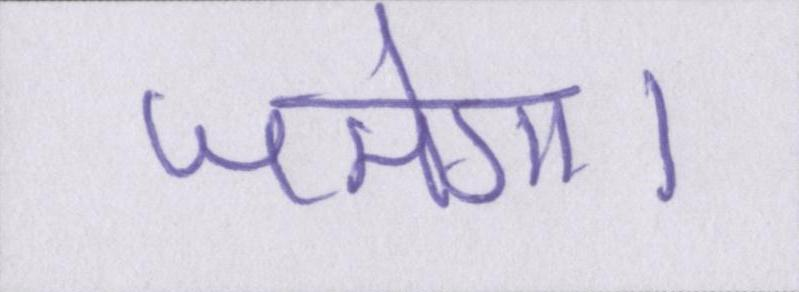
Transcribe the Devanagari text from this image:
जमेगा।